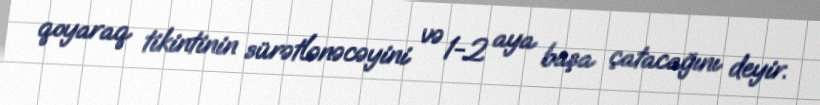
qoyaraq tikintinin sürətlənəcəyini və 1-2 aya başa çatacağını deyir.